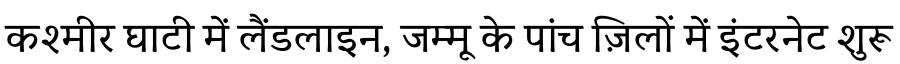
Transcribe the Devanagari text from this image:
कश्मीर घाटी में लैंडलाइन, जम्मू के पांच ज़िलों में इंटरनेट शुरू